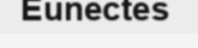
Eunectes